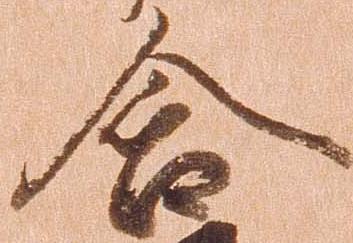
含